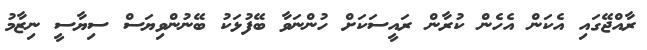
ރާއްޖޭގައި އެކަން އެހެން ކުރާން ރައީސަކަށް ހުންނަވާ ބޭފުޅަކު ބޭނުންވިޔަސް ސިޔާސީ ނިޒާމު